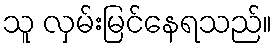
သူ လှမ်းမြင်နေရသည်။